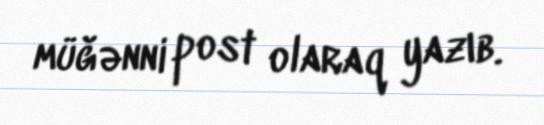
müğənni post olaraq yazıb.